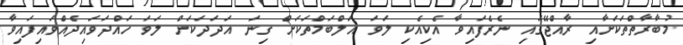
މުބާރާތްތަކަށާއި ރާއްޖޭގައި ނެރެފައިވާ އެކިއެކި ލަވަ އަލްބަމްތަކަށް ގިނަ އަދަދަކަށް ލަވަ ހައްދަވައިދެއްވައިފައިވާ